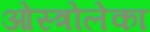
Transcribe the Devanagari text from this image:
ओस्त्रोलेका